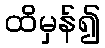
ထိမှန်၍